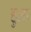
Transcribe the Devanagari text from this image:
हुला